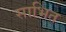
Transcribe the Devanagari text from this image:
साभित